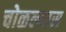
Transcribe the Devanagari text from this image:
चोळल्यास